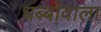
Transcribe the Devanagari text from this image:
धब्बोंवाला